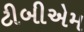
ટીબીએમ